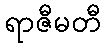
ရာဇီမတီ